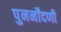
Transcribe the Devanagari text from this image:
पुनर्नोंदणी